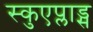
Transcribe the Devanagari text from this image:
स्कुएप्लाड्स